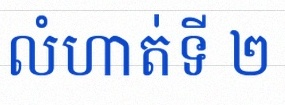
លំហាត់ទី ២